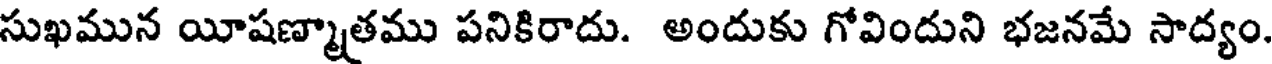
సుఖమున యీషణ్మాత్రము పనికిరాదు. అందుకు గోవిందుని భజనమే సాద్యం.